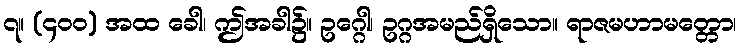
၇။ (၄၀၀) အထ ခေါ၊ ဤအခါ၌။ ဥဂ္ဂေါ၊ ဥဂ္ဂအမည်ရှိသော။ ရာဇမဟာမတ္တော၊